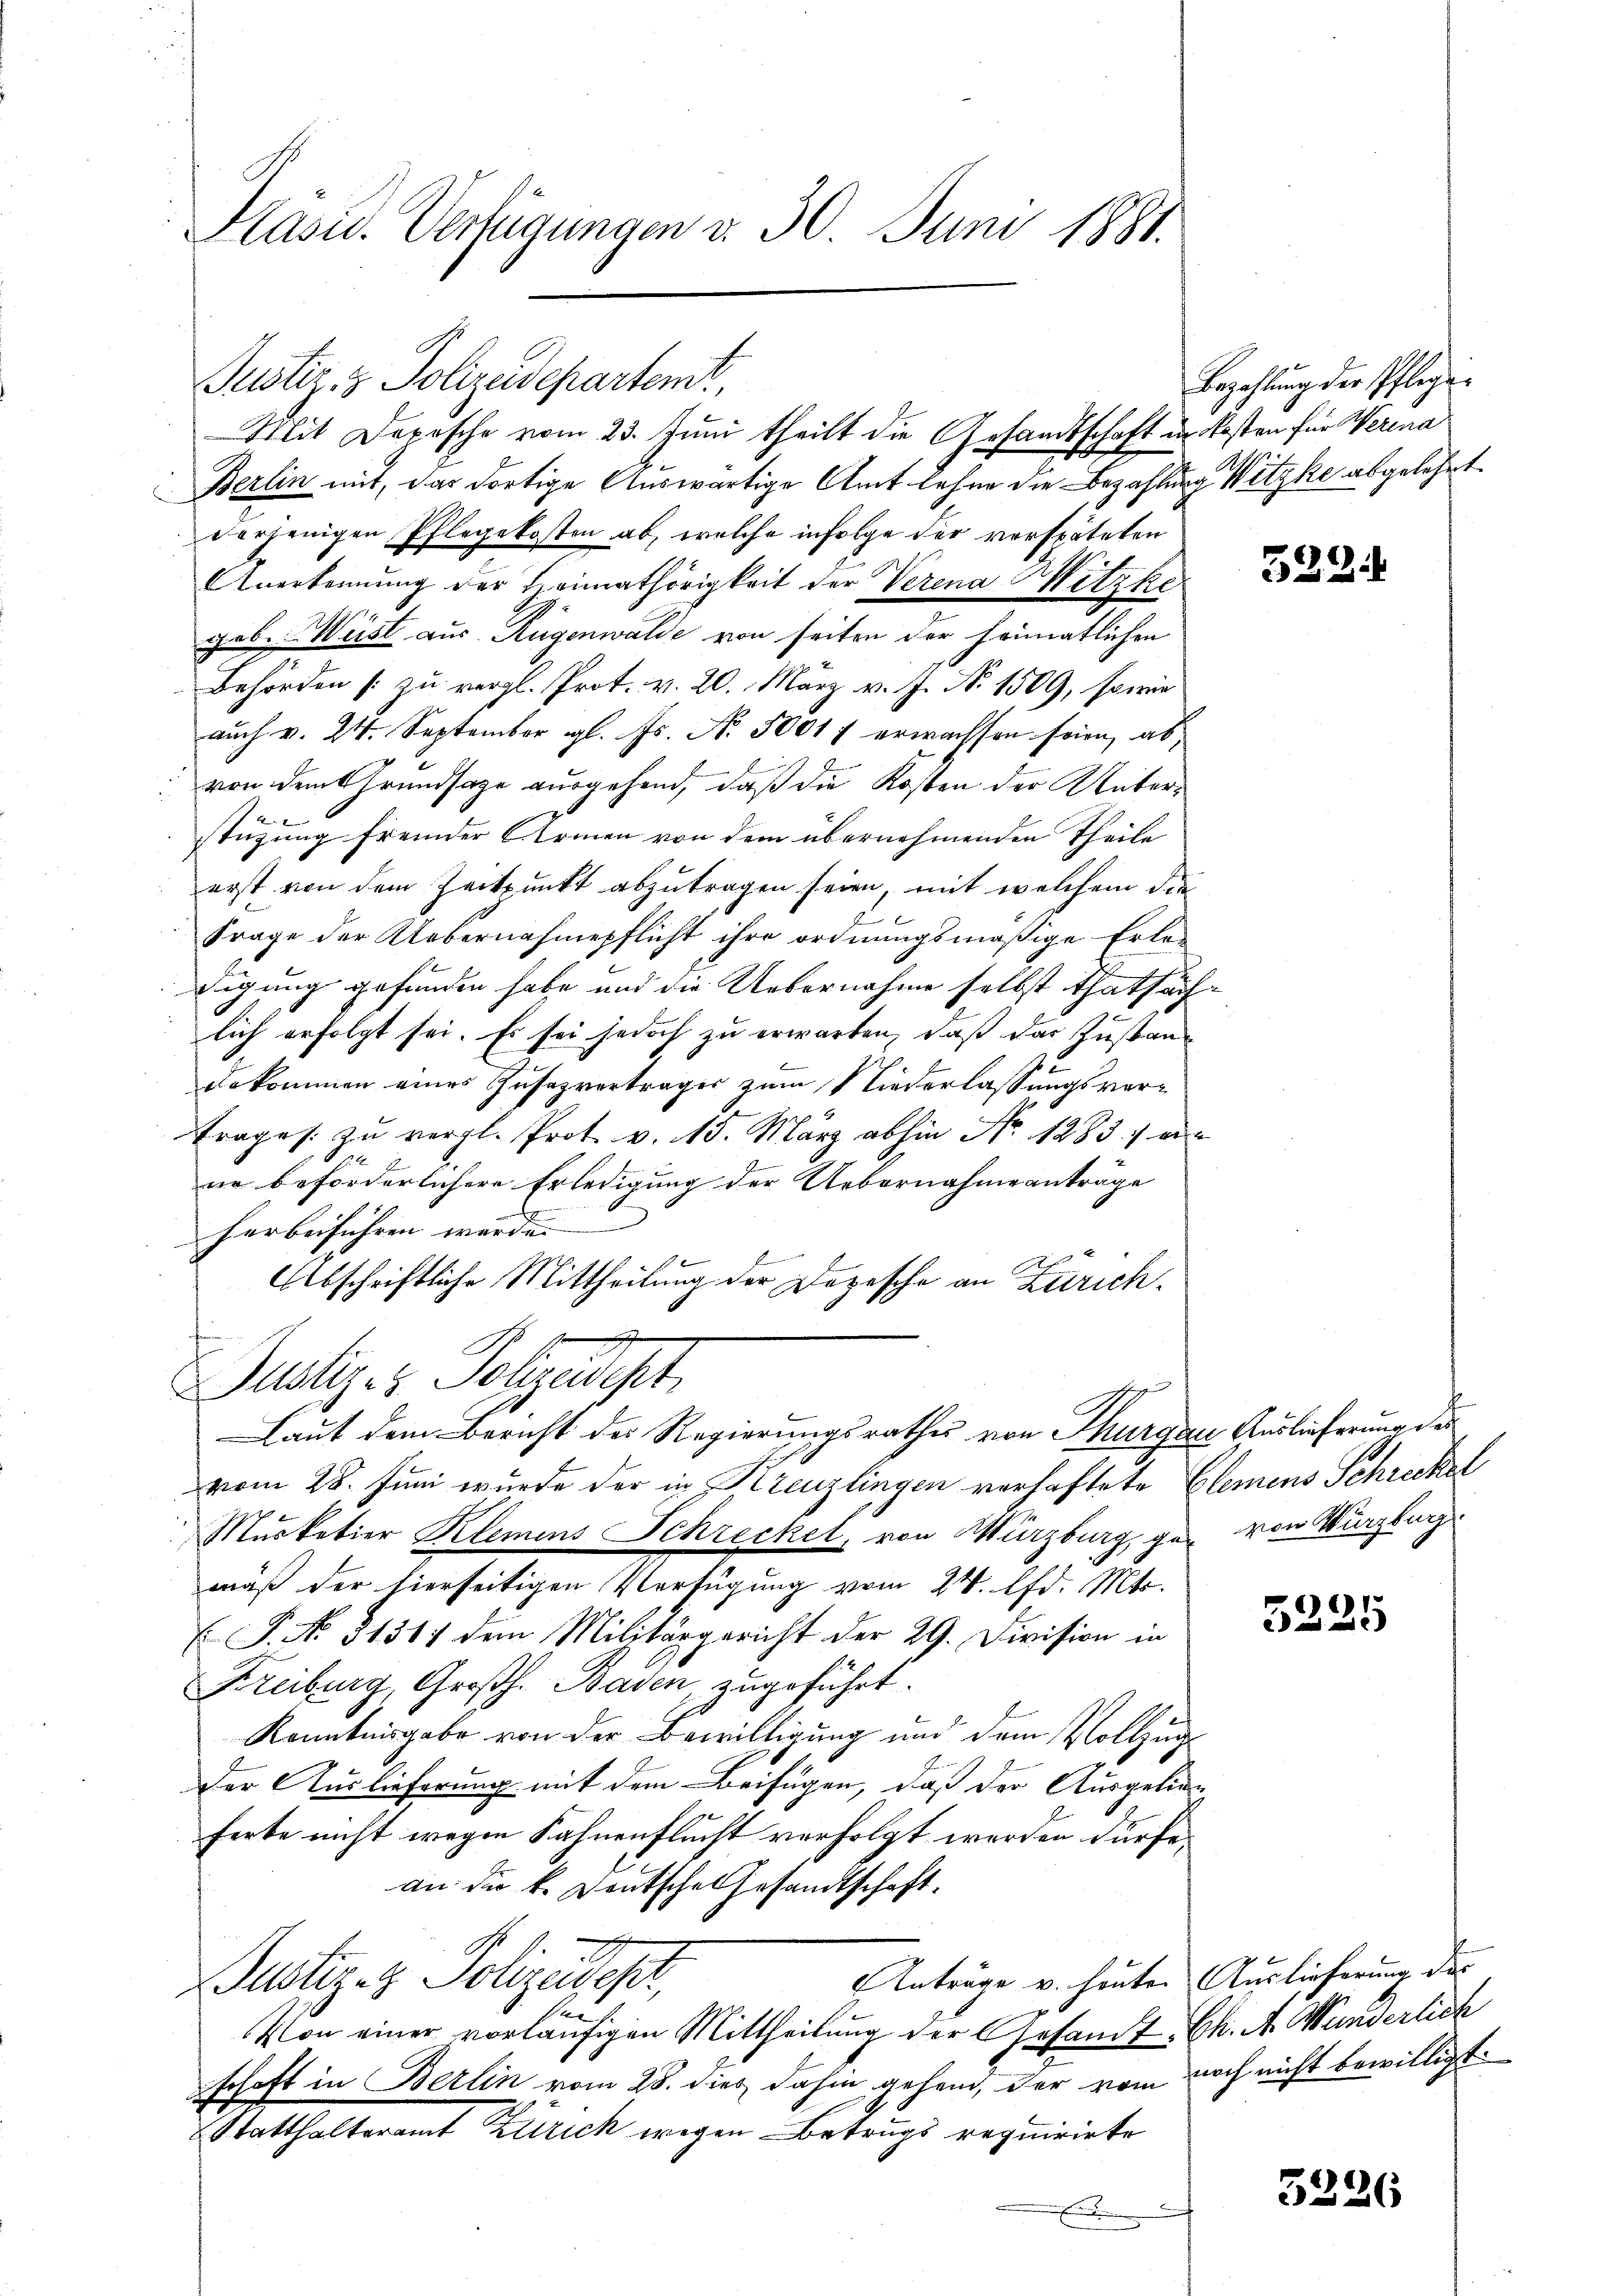
Pasiv. Verfügungen d. 30. Juni 1881.

Mit Depesche vom 23. Juni theilt die Gesandtschaft in Kosten für Verina
Berlin mit, das dortige Auswärtige Amt lehne die Bezahlung Witzke abgelehrt.
verjenigen Pflegekosten ab, welche infolge der verspäteten
Anerkennung der Heimathörigkeit der Verena Mitzko-
geb. Meist aus Rügenwalde von seiten der heimatlichen
Behörden /: zu vergl. Prot. v. 20. März v. J. N. 1509, sowie
auch v. 24. September gl. Js. No. 50017 erwachsen seien, ab¬

 von dem Grundsaze ausgehend, daß die Kosten der Unter¬

stüzung fremder Armen von dem übernehmenden Theile
erst von dem Zeitpunkt abzutragen seien, mit welchem die
Frage der Uebernahmepflicht ihre ordnungsmäßige Erleügung gefunden habe und die Uebernahme selbst thatsäch-
lich erfolgt sei. Es sei jedoch zu erwarten, daß das Zustanbekommen eines Zusazvertrages zum Niederlassungsvertrages. zu vergl. Prot. v. 15. März abhin No 1283. eine
ne beförderlichere Erledigung der Uebernahme antrage
E
herbeiführen werde. |
Abschriftliche Mittheilung der Depesche an Zürich¬
Justiz- & Folgendest
Laut dem Bericht der Regierungsrathes von Thurgau Auslieferung der
vom 28. Juni wurde der in Kreuzlingen verhaftete Elemens Schreckel
Murketier Klemens Schreckel, von Würzburg, gen von Würzburg
mäß der hierseitigen Verfügung vom 24. d. Mts.
P. No. 31311 dem Militärgericht der 29. Division in
Freiburg, Großh. Baden, zugeführt.
Kenntnisgabe von der Bewilligung und dem Vollzug
der Auslieferung mit dem Beifügen, daß der Ausgelie
ferte nicht wegen Fahnenflucht verfolgt werden dürfe.
an die k. Deutsche Gesandtschaft.
Anträge v. heuten Auslieferung des
Justiz- & Polizeicher,
net.
Von einer vorläufigen Mittheilung der Gesamt, Ch. A. Wunderlich
schaft in Berlin vom 28. dies dahin gehen, der vom noch nicht bewilligt.
Statthalteramt Ellrich wegen Betrugs requirirte
.
f

Justiz- & Polizeidepartemt,

Bezahlung der Pflege.

522.

3225

3226